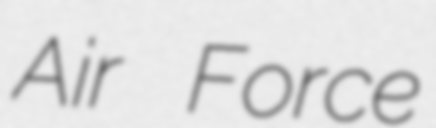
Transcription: Air Force